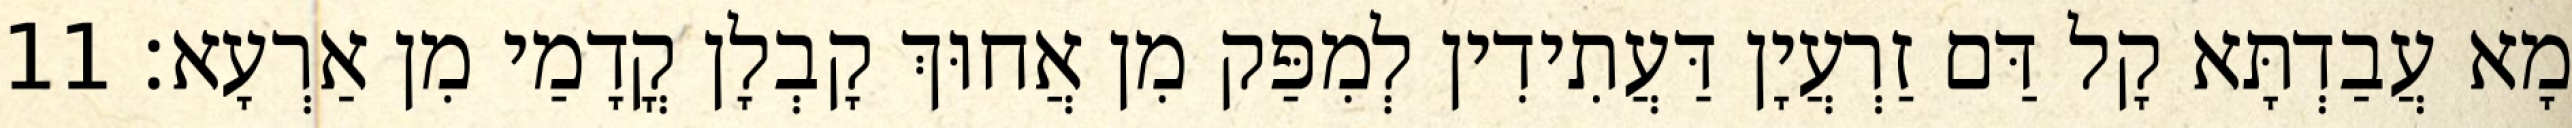
מָא עֲבַדְתָּא קָל דַּם זַרְעֲיָן דַּעֲתִידִין לְמִפַּק מִן אֲחוּךְ קָבְלָן קֳדָמַי מִן אַרְעָא׃ 11